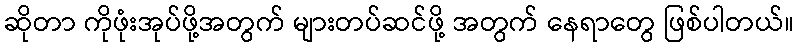
ဆိုတာ ကိုဖုံးအုပ်ဖို့အတွက် များတပ်ဆင်ဖို့ အတွက် နေရာတွေ ဖြစ်ပါတယ်။